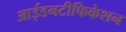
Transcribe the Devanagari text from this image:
आईडनटीफिकेशन